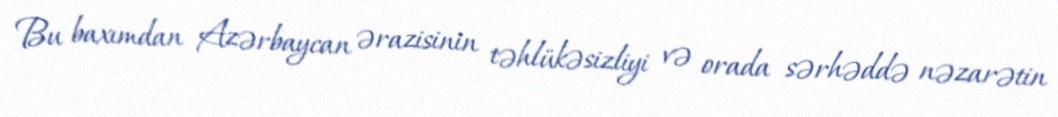
Bu baxımdan Azərbaycan ərazisinin təhlükəsizliyi və orada sərhəddə nəzarətin